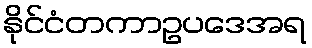
နိုင်ငံတကာဥပဒေအရ